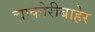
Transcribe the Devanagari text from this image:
चाकोरीबाहेर